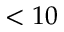
< 1 0